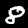
Label: 8